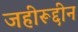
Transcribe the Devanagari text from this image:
जहीरूद्दीन